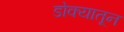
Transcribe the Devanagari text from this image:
डोक्‍यातून